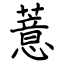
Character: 薏